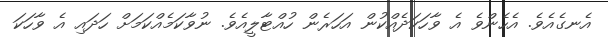
އެނގެއެވެ. އެހެންވެ އެ ވާހަކަދެއްކުން އަހަރެން ހުއްޓާލީއެވެ. ނުވާކަމެއްކަމަށް ހަދައި އެ ވާހަކަ